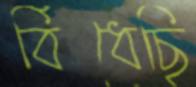
বিঁধেছি